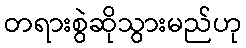
တရားစွဲဆိုသွားမည်ဟု